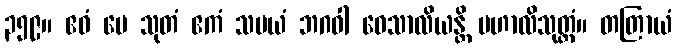
၃၅၉။ ဧဝံ မေ သုတံ ဧကံ သမယံ ဘဂဝါ ဝေသာလိယန္တိ မဟာလိသုတ္တံ။ တတြာယံ